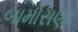
બામોસણા